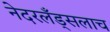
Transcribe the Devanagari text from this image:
नेदरलँड्सलाच